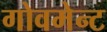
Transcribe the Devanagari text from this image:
गोवमेन्ट